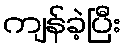
ကျန်ခဲ့ပြီး